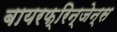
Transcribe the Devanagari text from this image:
बायरफ्रिन्जेन्स